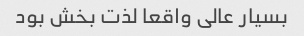
بسیار عالی واقعا لذت بخش بود